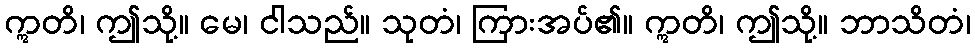
ဣတိ၊ ဤသို့။ မေ၊ ငါသည်။ သုတံ၊ ကြားအပ်၏။ ဣတိ၊ ဤသို့။ ဘာသိတံ၊